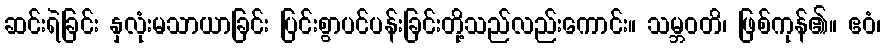
ဆင်းရဲခြင်း နှလုံးမသာယာခြင်း ပြင်းစွာပင်ပန်းခြင်းတို့သည်လည်းကောင်း။ သမ္ဘဝတိ၊ ဖြစ်ကုန်၏။ ဧဝံ၊